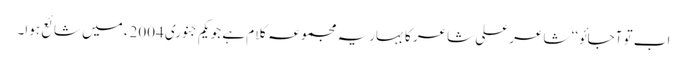
اب تو آجائو‘‘ شاعر علی شاعر کا بہاریہ مجموعہ کلام ہے جو یکم جنوری 2004ء میں شائع ہوا۔